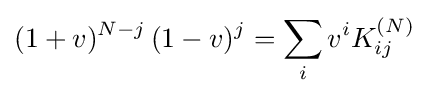
(1+v)^{N-j}\,(1-v)^{j}=\sum _{i}v^{i}K_{ij}^{(N)}